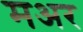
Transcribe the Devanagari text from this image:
मअर